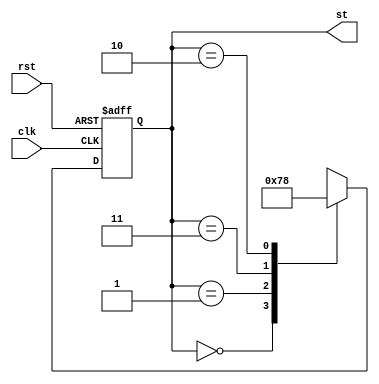
module sm ( clk,rst,st);
input clk,rst;
output [1:0] st;

reg [1:0] st,next_st;

always @(posedge clk or posedge rst)
  if (rst)
     st <= 2'b0;
  else
     st <= next_st;

always @(st)
     case (st)
       2'b00: next_st <= 2'b01;
       2'b01: next_st <= 2'b11;
       2'b11: next_st <= 2'b10;
       2'b10: next_st <= 2'b00;
     endcase

endmodule